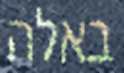
באלה